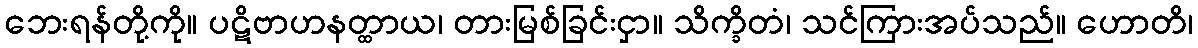
ဘေးရန်တို့ကို။ ပဋိဗာဟနတ္ထာယ၊ တားမြစ်ခြင်းငှာ။ သိက္ခိတံ၊ သင်ကြားအပ်သည်။ ဟောတိ၊